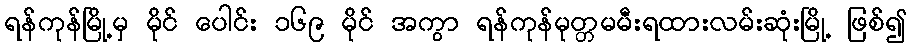
ရန်ကုန်မြို့မှ မိုင် ပေါင်း ၁၆၉ မိုင် အကွာ ရန်ကုန်မုတ္တမမီးရထားလမ်းဆုံးမြို့ ဖြစ်၍